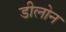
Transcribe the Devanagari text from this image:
डीलोन